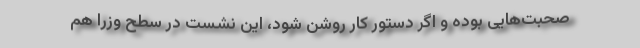
صحبت‌هایی بوده و اگر دستور کار روشن شود، این نشست در سطح وزرا هم